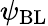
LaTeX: \psi_{\mathrm{{BL}}}